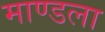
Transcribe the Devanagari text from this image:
माण्डला